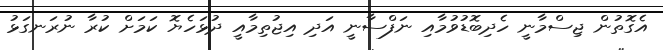
އެގޮތުން ޖިސްމާނީ ހެދިބޮޑުވުމާއި ނަފްސާނީ އަދި އިޖުތިމާއީ ދުޅަހެޔޮ ކަމަށް ކުރާ ނުރަނގަޅު